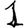
Digit: 1